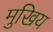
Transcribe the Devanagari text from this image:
मुखिय